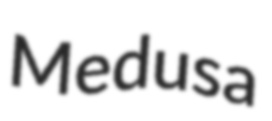
Medusa